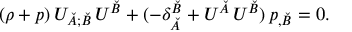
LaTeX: ( \rho + p ) \, U _ { \check { A } ; \check { B } } \, U ^ { \check { B } } + ( - \delta _ { \check { A } } ^ { \check { B } } + U ^ { \check { A } } \, U ^ { \check { B } } ) \, p _ { , \check { B } } = 0 .